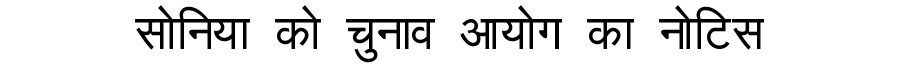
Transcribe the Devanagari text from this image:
सोनिया को चुनाव आयोग का नोटिस